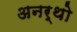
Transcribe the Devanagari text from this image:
अनर्थो